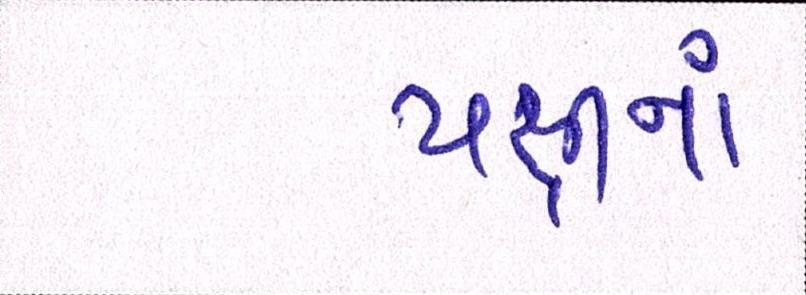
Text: પક્ષીનાં